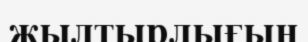
жылтырлығын